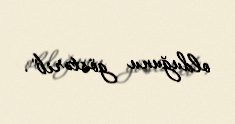
olduğunu göstərib".